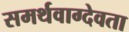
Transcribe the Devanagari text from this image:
समर्थवाग्देवता